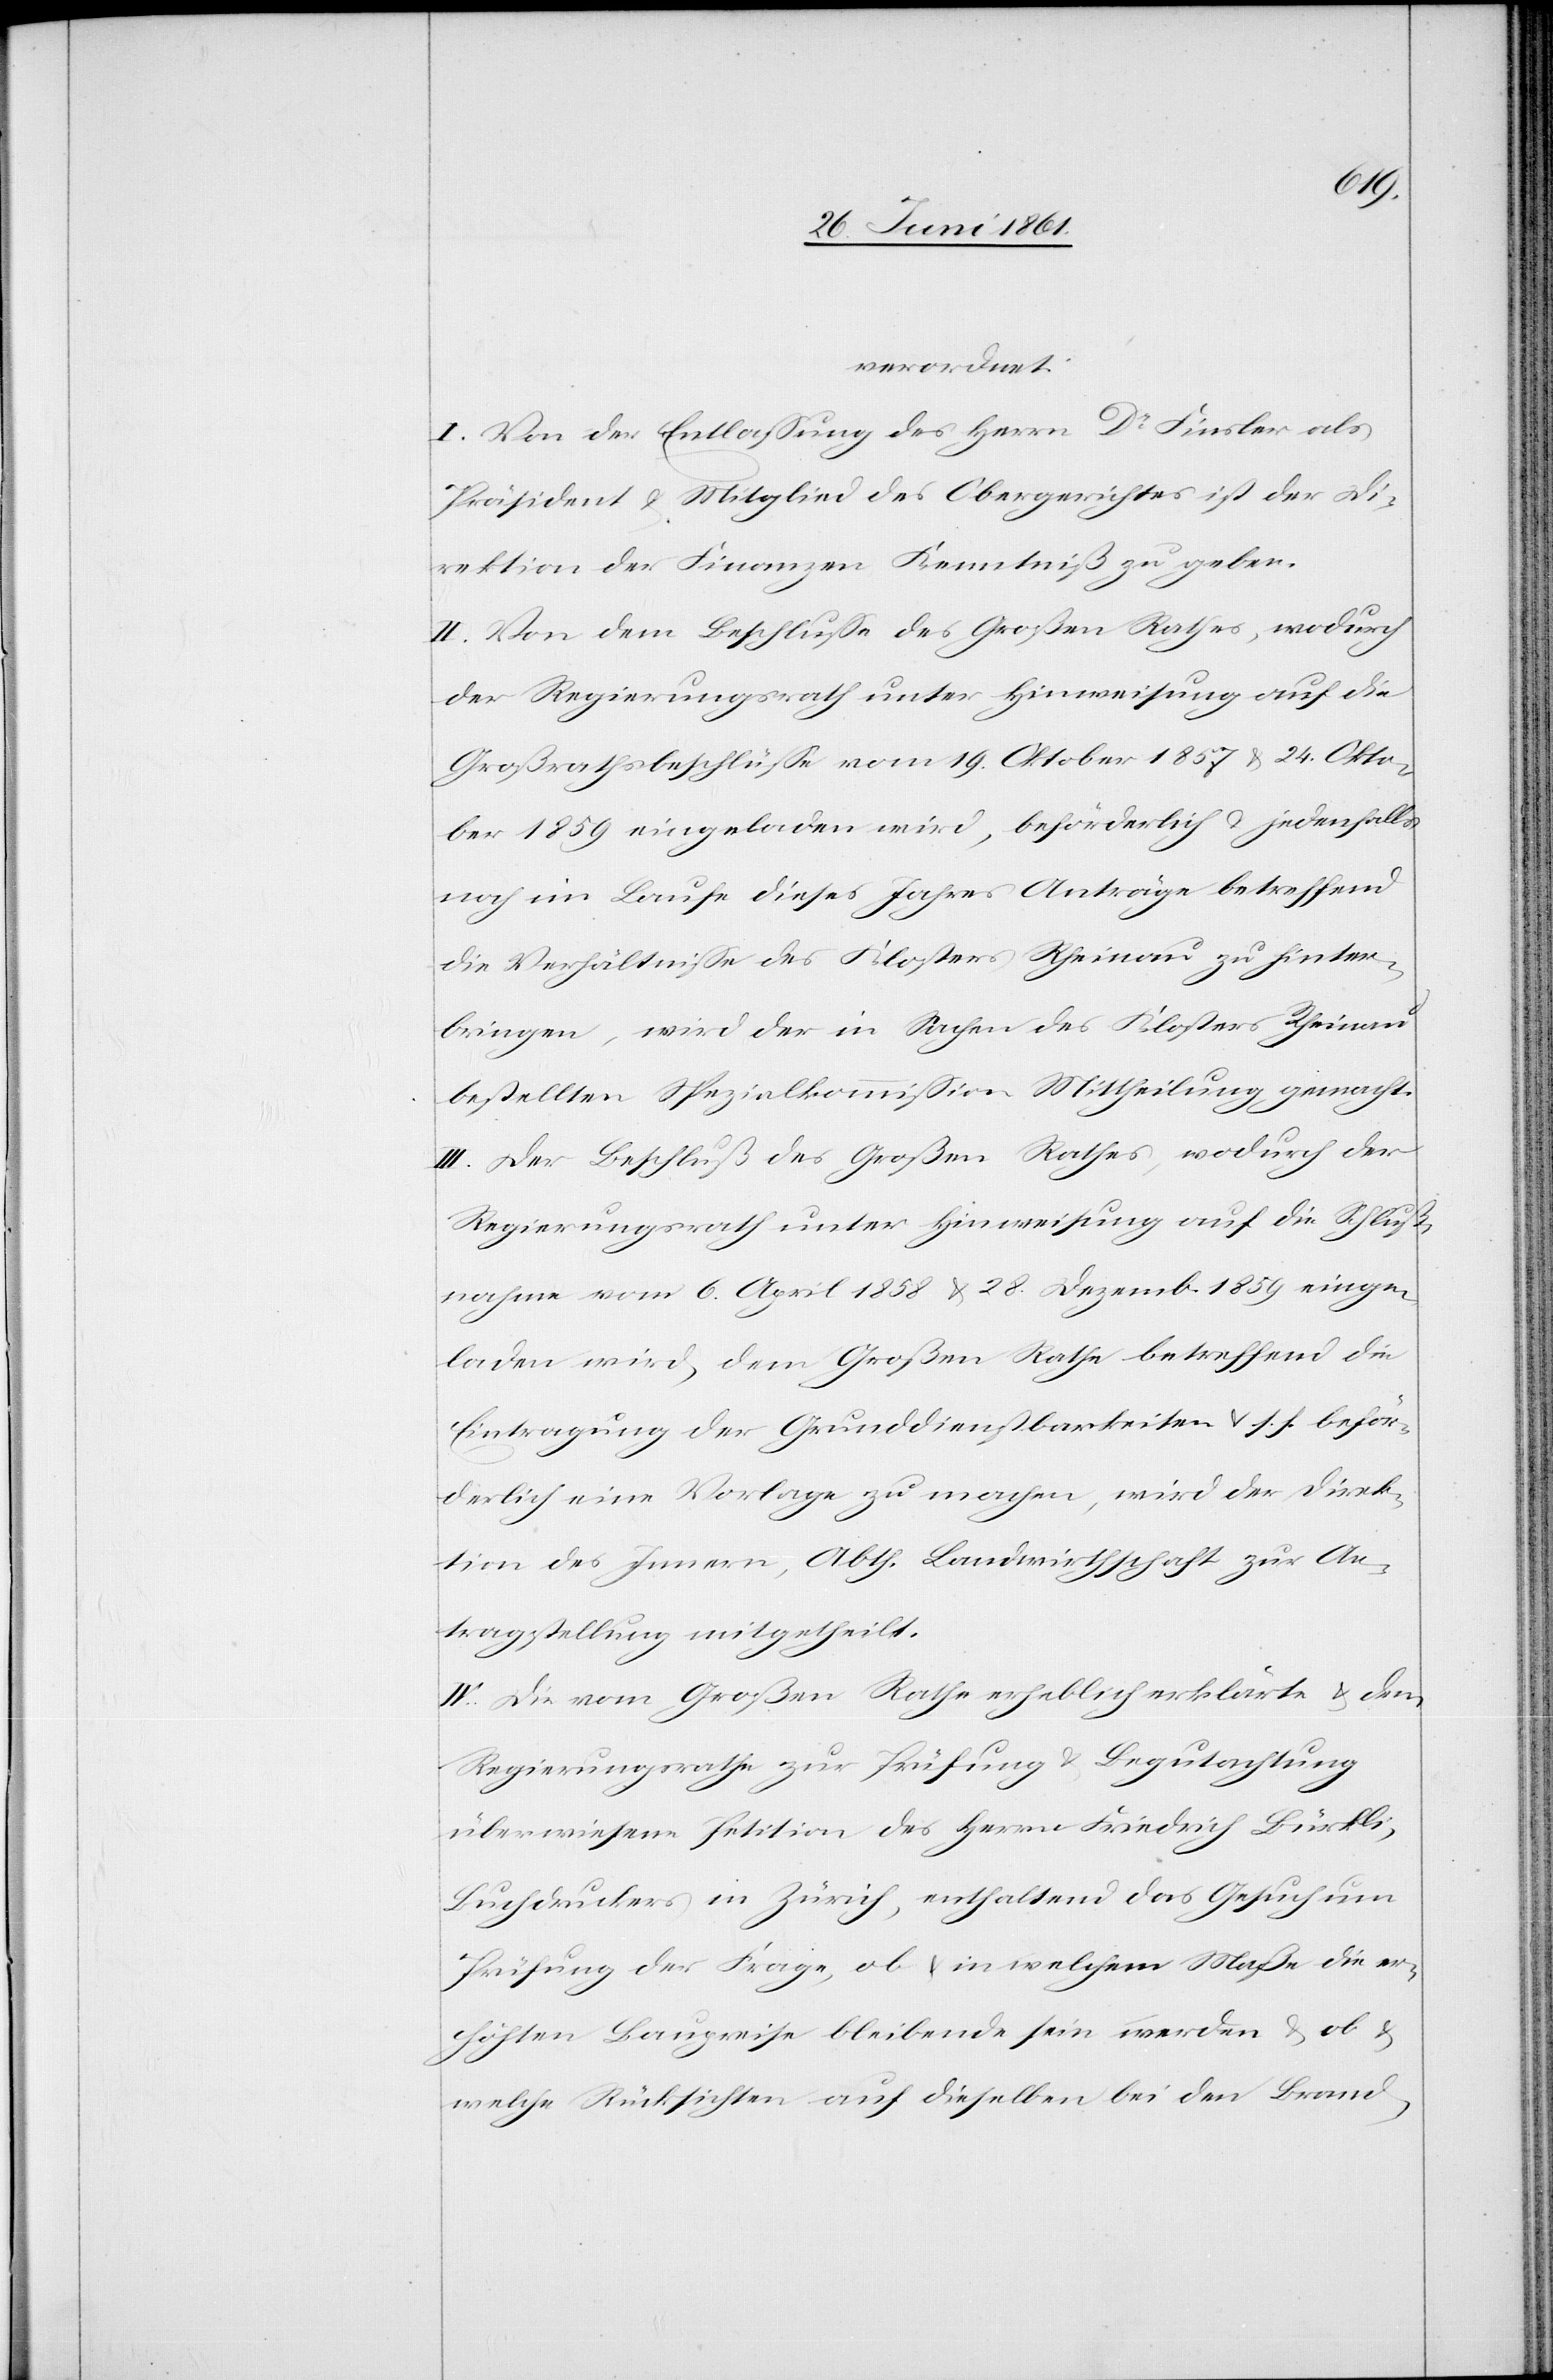
verordnet:
I. Von der Entlassung des Herrn Dr. Finsler als
Präsident u. Mitglied des Obergerichtes ist der Di¬
rektion der Finanzen Kenntniß zu geben.
II. Von dem Beschlusse des Großen Rathes, wodurch
der Regierungsrath unter Hinweisung auf die
Großrathsbeschlüsse vom 19. Oktober 1857 u. 24. Okto¬
ber 1859 eingeladen wird, beförderlich u. jedenfalls
noch im Laufe dieses Jahres Anträge betreffend
die Verhältnisse des Klosters Rheinau zu hinter¬
bringen, wird der in Sachen des Klosters Rheinau
bestellten Spezialkommission Mittheilung gemacht.
III. Der Beschluß des Großen Rathes, wodurch der
Regierungsrath unter Hinweisung auf die Schluß¬
nahme vom 6. April 1858 u. 28. Dezemb. 1859 einge¬
laden wird, dem Großen Rathe betreffend die
Eintragung der Grunddienstbarkeiten u. s. f. beför¬
derlich eine Vorlage zu machen, wird der Direk¬
tion des Innern, Abth. Landwirthschaft zur An¬
tragstellung mitgetheilt.
IV. Die vom Großen Rathe erheblich erklärte u. dem
Regierungsrathe zur Prüfung u. Begutachtung
überwiesene Petition des Herrn Friedrich Bürkli,
Buchdruckers in Zürich, enthaltend das Gesuch um
Prüfung der Frage, ob u. in welchem Maße die er¬
höhten Baupreise bleibende sein werden u. ob u.
welche Rücksichten auf dieselben bei den Brand-